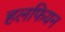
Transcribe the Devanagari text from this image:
हलफियन